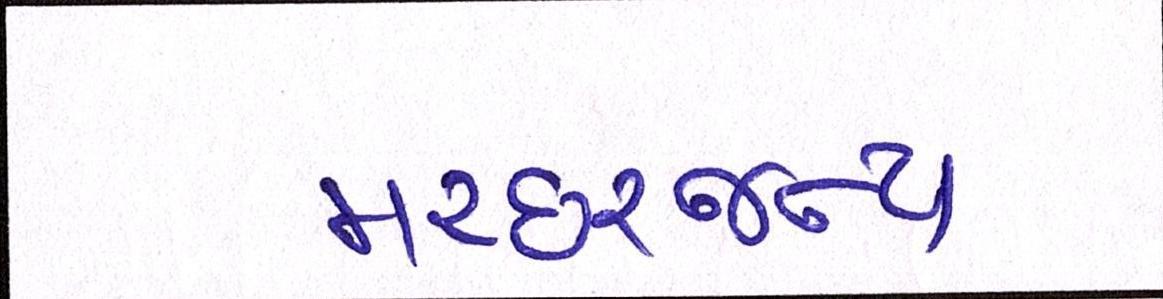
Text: મચ્છરજન્ય